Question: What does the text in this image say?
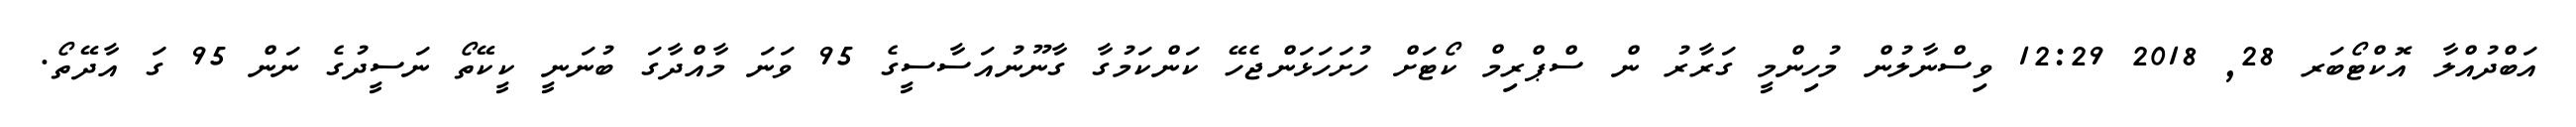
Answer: އަބްދުއްލާ އޮކްޓޯބަރ 28, 2018 12:29 ވިސްނާލުން މުހިންމީ ގަރާރު ން ސްޕްރިމް ކޯޓަށް ހުށަހަޅަންޖެހޭ ކަންކަމުގާ ގާނޫނުއަސާސީގެ 95 ވަނަ މާއްދާގަ ބުނަނީ ކީކޭތޯ ނަސީދުގެ ނަން 95 ގަ އާދޭތޯ.